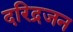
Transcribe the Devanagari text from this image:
दरिद्रजन